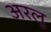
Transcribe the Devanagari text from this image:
अरलु